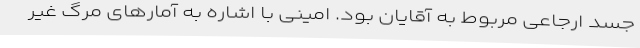
جسد ارجاعی مربوط به آقایان بود. امینی با اشاره به آمارهای مرگ غیر